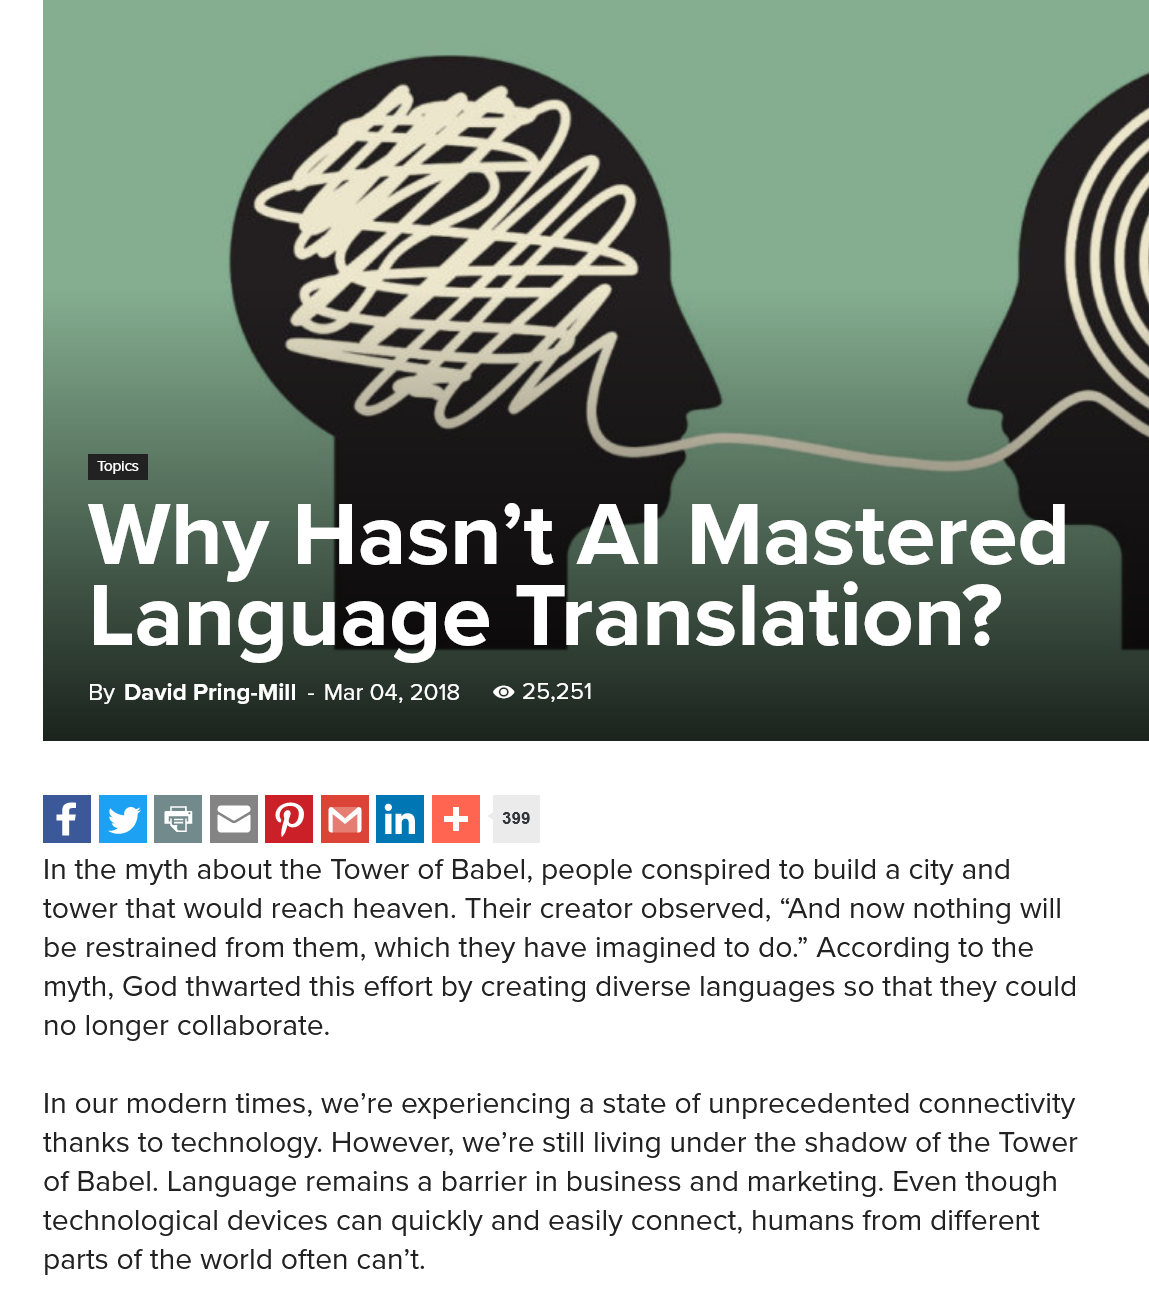
MUNA    ERR    a   Viera    tact
     Language    Translation?
     By David Pring-Mill -
     Mar 04,2018 © 25,251
     Why    Hasn’t    Al    Mastered
     Language    Translation?
   In the myth about the Tower of Babel, people conspired to build a city and
   tower that would reach heaven. Their creator observed, “And now nothing will
   be restrained from them, which they have imagined to do.” According to the
   myth, God thwarted this effort by creating diverse languages so that they could
   no longer collaborate.
   In our modern times, we’re experiencing a state of unprecedented connectivity
   thanks to technology. However, we’re still living under the shadow of the Tower
   of Babel. Language remains a barrier in business and marketing. Even though
   technological devices can quickly and easily connect, humans from different
   parts of the world often can’t.
     Bley
     By David Pring-Mill -
     Mar 04, 2018 25,251
   >    iy    399